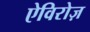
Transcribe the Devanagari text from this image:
ऐविरोज़